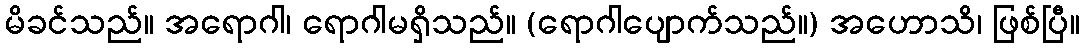
မိခင်သည်။ အရောဂါ၊ ရောဂါမရှိသည်။ (ရောဂါပျောက်သည်။) အဟောသိ၊ ဖြစ်ပြီ။